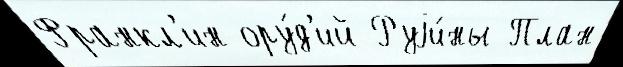
Франкл'ин ору́д'ий Руjи́ны План